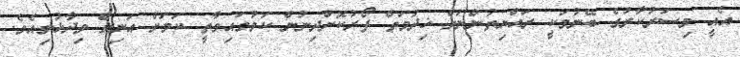
އެއީ މިސަރުކާރުގެ ބޭނުމަކީ ރައްޔިތުންނަށް ޚިދުމަތް ފޯރުކޮށްދިނުން ކަމުގައިވާތީ ކަމަށް އަނިލް ވިދާޅުވިއެވެ.